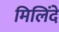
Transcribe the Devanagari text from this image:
मिलिंदे